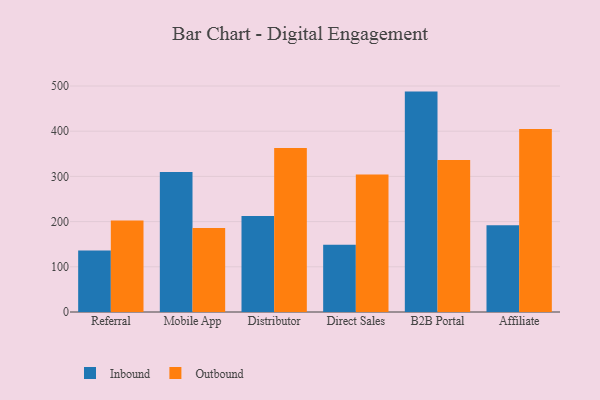
{"axis": {"x": "Channel", "y": "Headcount"}, "legend": ["Inbound", "Outbound"], "data": [{"x": "Referral", "y": 135.9, "type": "Inbound"}, {"x": "Referral", "y": 202.5, "type": "Outbound"}, {"x": "Mobile App", "y": 309.9, "type": "Inbound"}, {"x": "Mobile App", "y": 185.6, "type": "Outbound"}, {"x": "Distributor", "y": 212.3, "type": "Inbound"}, {"x": "Distributor", "y": 362.9, "type": "Outbound"}, {"x": "Direct Sales", "y": 148.7, "type": "Inbound"}, {"x": "Direct Sales", "y": 304.4, "type": "Outbound"}, {"x": "B2B Portal", "y": 487.6, "type": "Inbound"}, {"x": "B2B Portal", "y": 336.4, "type": "Outbound"}, {"x": "Affiliate", "y": 192.1, "type": "Inbound"}, {"x": "Affiliate", "y": 404.9, "type": "Outbound"}]}